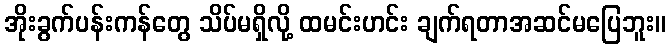
အိုးခွက်ပန်းကန်တွေ သိပ်မရှိလို့ ထမင်းဟင်း ချက်ရတာအဆင်မပြေဘူး။